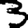
Digit: 3